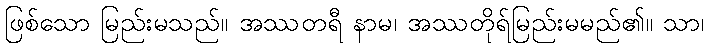
ဖြစ်သော မြည်းမသည်။ အဿတရီ နာမ၊ အဿတိုရ်မြည်းမမည်၏။ သာ၊